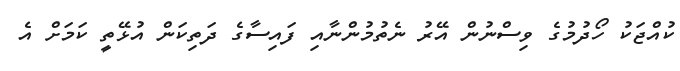
ކުއްޖަކު ހޯދުމުގެ ވިސްނުން އޭރު ނެތުމުންނާއި ފައިސާގެ ދަތިކަން އުޅޭތީ ކަމަށް އެ